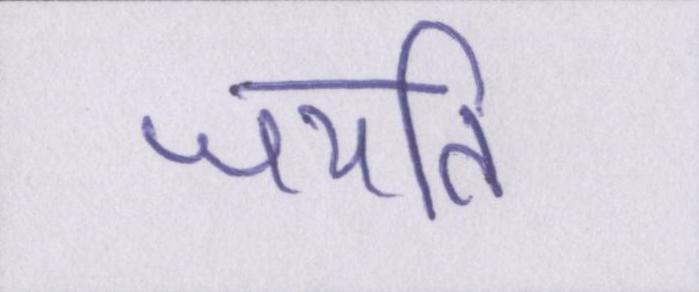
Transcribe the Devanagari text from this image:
जयति